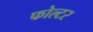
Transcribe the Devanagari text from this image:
फोल्टर